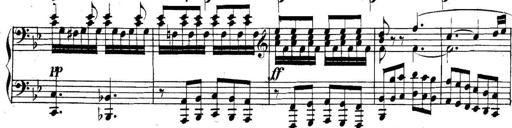
Title: Collected Piano Sonatas
Composer: Muzio Clementi